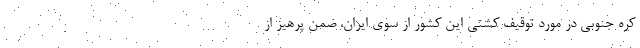
کره جنوبی در مورد توقیف کشتی این کشور از سوی ایران، ضمن پرهیز از